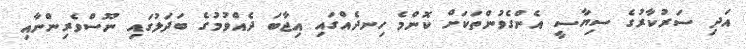
އަދި ސަރުކާރުގެ ސިޔާސީ އެންގެވުންތަކަށް ކޮންމެ ހިނދެއްގައި އިޖާބަ ދެއްވުމުގެ ބަދަލުގައި ނޫސްވެރިންނާއި